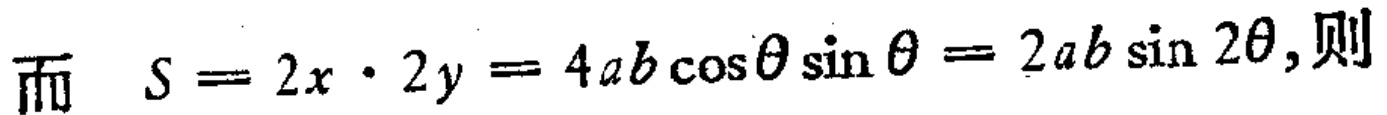
而 \(S = 2x\cdot 2y = 4ab\cos\theta\sin\theta = 2ab\sin 2\theta\)，则